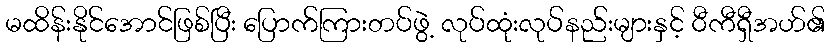
မထိန်းနိုင်အောင်ဖြစ်ပြီး ပြောက်ကြားတပ်ဖွဲ့ လုပ်ထုံးလုပ်နည်းများနှင့် ဝီကီရှီအဟ်၏